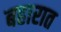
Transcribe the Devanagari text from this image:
बहारात